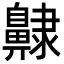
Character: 齂